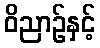
ဝိညာဉ်နှင့်